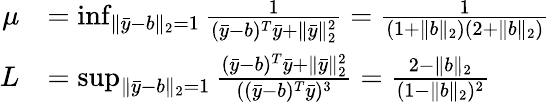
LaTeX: \begin{array}{rl}{\mu}&{=\operatorname*{inf}_{\| \bar{y}-b\| _{2}=1}\frac{1}{(\bar{y}-b)^{T}\bar{y}+\| \bar{y}\| _{2}^{2}}=\frac{1}{(1+\| b\| _{2})(2+\| b\| _{2})}}\\ {L}&{=\operatorname*{sup}_{\| \bar{y}-b\| _{2}=1}\frac{(\bar{y}-b)^{T}\bar{y}+\| \bar{y}\| _{2}^{2}}{((\bar{y}-b)^{T}\bar{y})^{3}}=\frac{2-\| b\| _{2}}{(1-\| b\| _{2})^{2}}}\end{array}